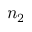
n _ { 2 }